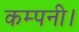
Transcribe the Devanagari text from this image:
कम्‍पनी।